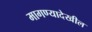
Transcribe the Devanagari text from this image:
मागण्यादेखील